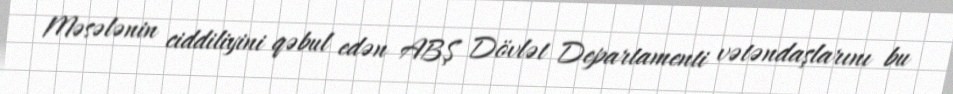
Məsələnin ciddiliyini qəbul edən ABŞ Dövlət Departamenti vətəndaşlarını bu